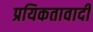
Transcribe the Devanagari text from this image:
प्रयिकतावादी